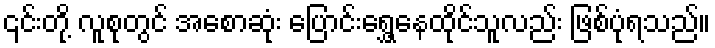
၎င်းတို့ လူစုတွင် အစောဆုံး ပြောင်းရွှေ့နေထိုင်သူလည်း ဖြစ်ပုံရသည်။